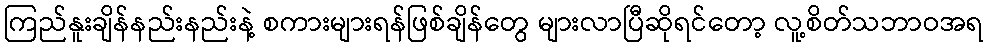
ကြည်နူးချိန်နည်းနည်းနဲ့ စကားများရန်ဖြစ်ချိန်တွေ များလာပြီဆိုရင်တော့ လူ့စိတ်သဘာဝအရ